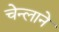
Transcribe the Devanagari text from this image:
चेन्लाने